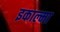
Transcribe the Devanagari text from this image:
इकाल्मा